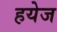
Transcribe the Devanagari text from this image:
हयेज